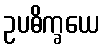
ဥပဓိက္ခယေ